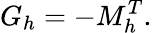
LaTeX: G_{h}=-M_{h}^{T}.